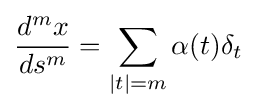
{d^{m}x \over ds^{m}}=\sum _{|t|=m}\alpha (t)\delta _{t}